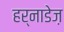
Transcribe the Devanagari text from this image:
हर्नाडेज़